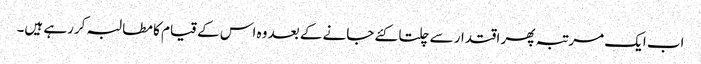
اب ایک مرتبہ پھر اقتدار سے چلتا کئے جانے کے بعد وہ اس کے قیام کا مطالبہ کررہے ہیں۔